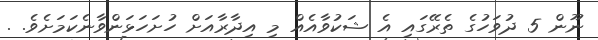
ނޫން 5 ދުވަހުގެ ތެރޭގައި އެ ޝަކުވާއެއް މި އިދާރާއަށް ހުށަހަޅަންވާނެކަމަށެވެ. .